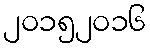
၂၀၁၅၂၀၁၆